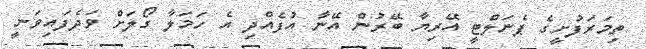
ތިމަރަފުށީގެ ޕެނަލްޓީ އޭރިޔާ ބޭރުން އޭނާ އުފެއްދި އެ ހަމަލާ ގޯލަށް ވަދެފައިވަނީ